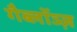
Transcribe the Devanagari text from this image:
गैब्लॉञ्ज़